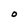
Character: O